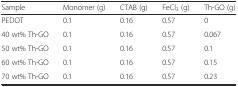
<table><thead><tr><td><b>Sample</b></td><td><b>Monomer (g)</b></td><td><b>CTAB (g)</b></td><td><b>FeCl<sub>3</sub> (g)</b></td><td><b>Th-GO (g)</b></td></tr></thead><tbody><tr><td>PEDOT</td><td>0.1</td><td>0.16</td><td>0.57</td><td>0</td></tr><tr><td>40 wt% Th-GO</td><td>0.1</td><td>0.16</td><td>0.57</td><td>0.067</td></tr><tr><td>50 wt% Th-GO</td><td>0.1</td><td>0.16</td><td>0.57</td><td>0.1</td></tr><tr><td>60 wt% Th-GO</td><td>0.1</td><td>0.16</td><td>0.57</td><td>0.15</td></tr><tr><td>70 wt% Th-GO</td><td>0.1</td><td>0.16</td><td>0.57</td><td>0.23</td></tr></tbody></table>